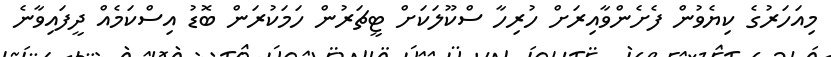
މިއަހަރުގެ ކިޔެވުން ފެށެންވާއިރަށް ހުރިހާ ސްކޫލަކަށް ޓީޗަރުން ހަމަކުރަން ބޮޑު އިސްކަމެއް ދީފައިވާނެ